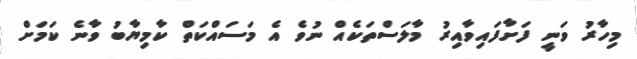
މިހާރު ވަނީ ފަށާފައިވާއިރު މާލަސްތަކެއް ނުވެ އެ މަސައްކަތް ކާމިޔާބު ވާނެ ކަމަށް